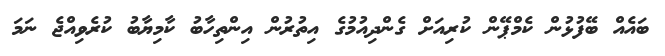
ބައެއް ބޭފުޅުން ކެމްޕޭން ކުރިއަށް ގެންދިއުމުގެ އިތުރުން އިންތިހާބު ކާމިޔާބު ކުރެވިއްޖެ ނަމަ